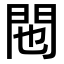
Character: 𬮆